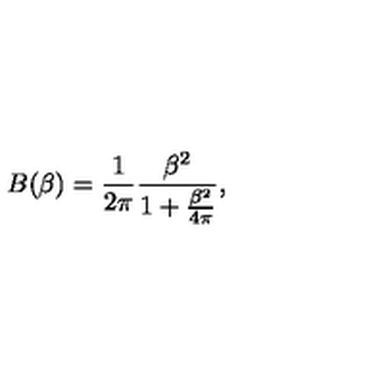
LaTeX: B ( \beta ) = \frac 1 { 2 \pi } \frac { \beta ^ { 2 } } { 1 + \frac { \beta ^ { 2 } } { 4 \pi } } ,